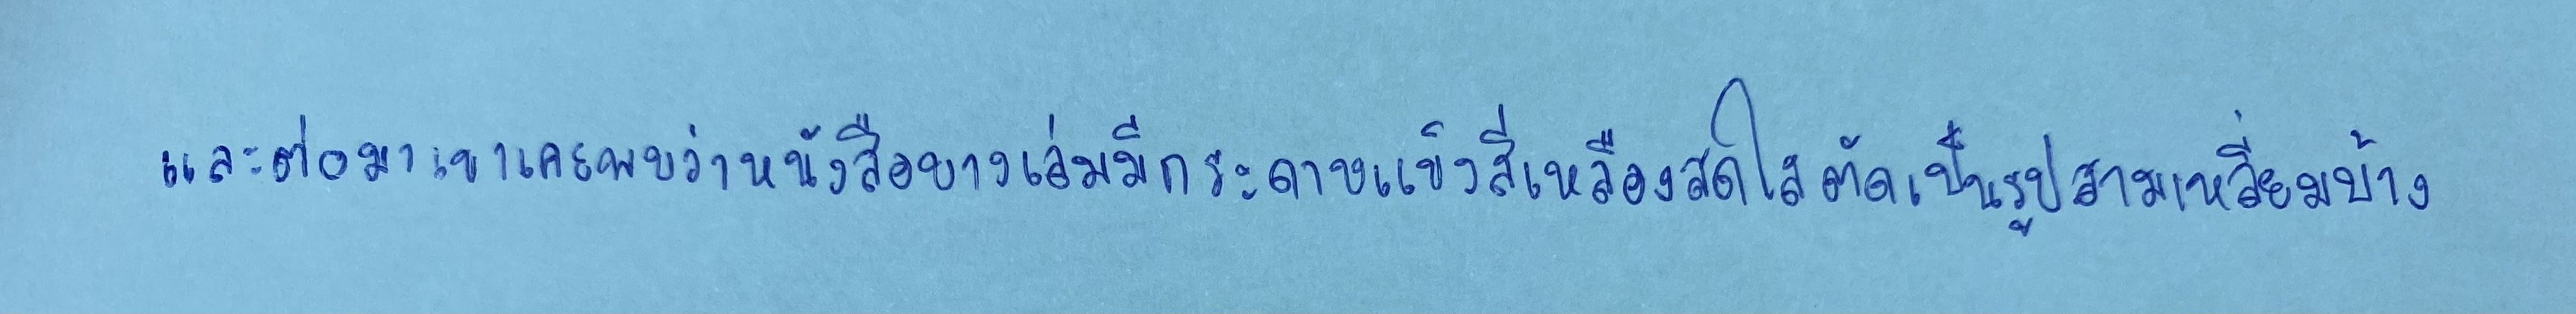
และต่อมาเขาเคยพบว่าหนังสือบางเล่มมีกระดาษแข็งสีเหลืองสดใสตัดเป็นรูปสามเหลี่ยมบ้าง